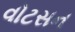
વોટસન